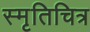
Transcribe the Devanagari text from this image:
स्मृतिचित्र